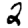
Digit: 2